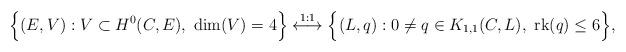
LaTeX: \begin{align*}\Bigl\{(E,V):V\subset H^0(C,E), \ \mbox{dim}(V)=4\Bigr\}\stackrel{1:1}\longleftrightarrow \Bigl\{(L,q):0\neq q\in K_{1,1}(C,L), \ \mbox{rk}(q)\leq 6\Bigr\},\end{align*}